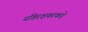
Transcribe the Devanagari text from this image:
यष्टिरक्षकाकडे